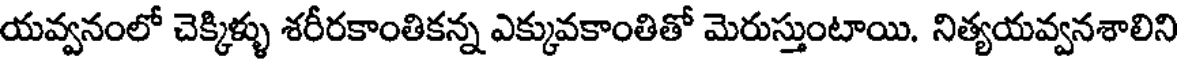
యవ్వనంలో చెక్కిళ్ళు శరీరకాంతికన్న ఎక్కువకాంతితో మెరుస్తుంటాయి. నిత్యయవ్వనశాలిని